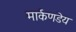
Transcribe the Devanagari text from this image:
मार्कणडेय